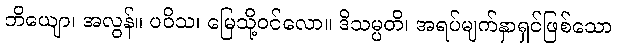
ဘိယျော၊ အလွန်။ ပဝိသ၊ မြေသို့ဝင်လော။ ဒိသမ္ပတိ၊ အရပ်မျက်နှာရှင်ဖြစ်သော